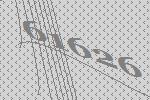
61626